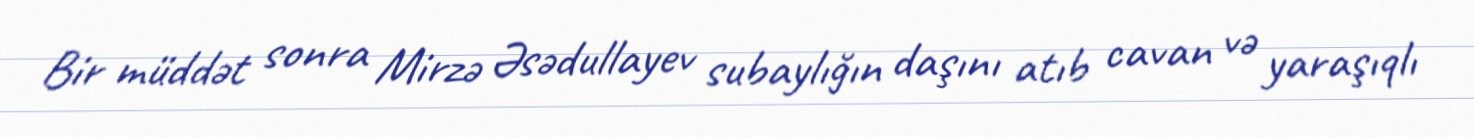
Bir müddət sonra Mirzə Əsədullayev subaylığın daşını atıb cavan və yaraşıqlı